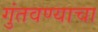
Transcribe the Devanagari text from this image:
गुंतवण्याचा